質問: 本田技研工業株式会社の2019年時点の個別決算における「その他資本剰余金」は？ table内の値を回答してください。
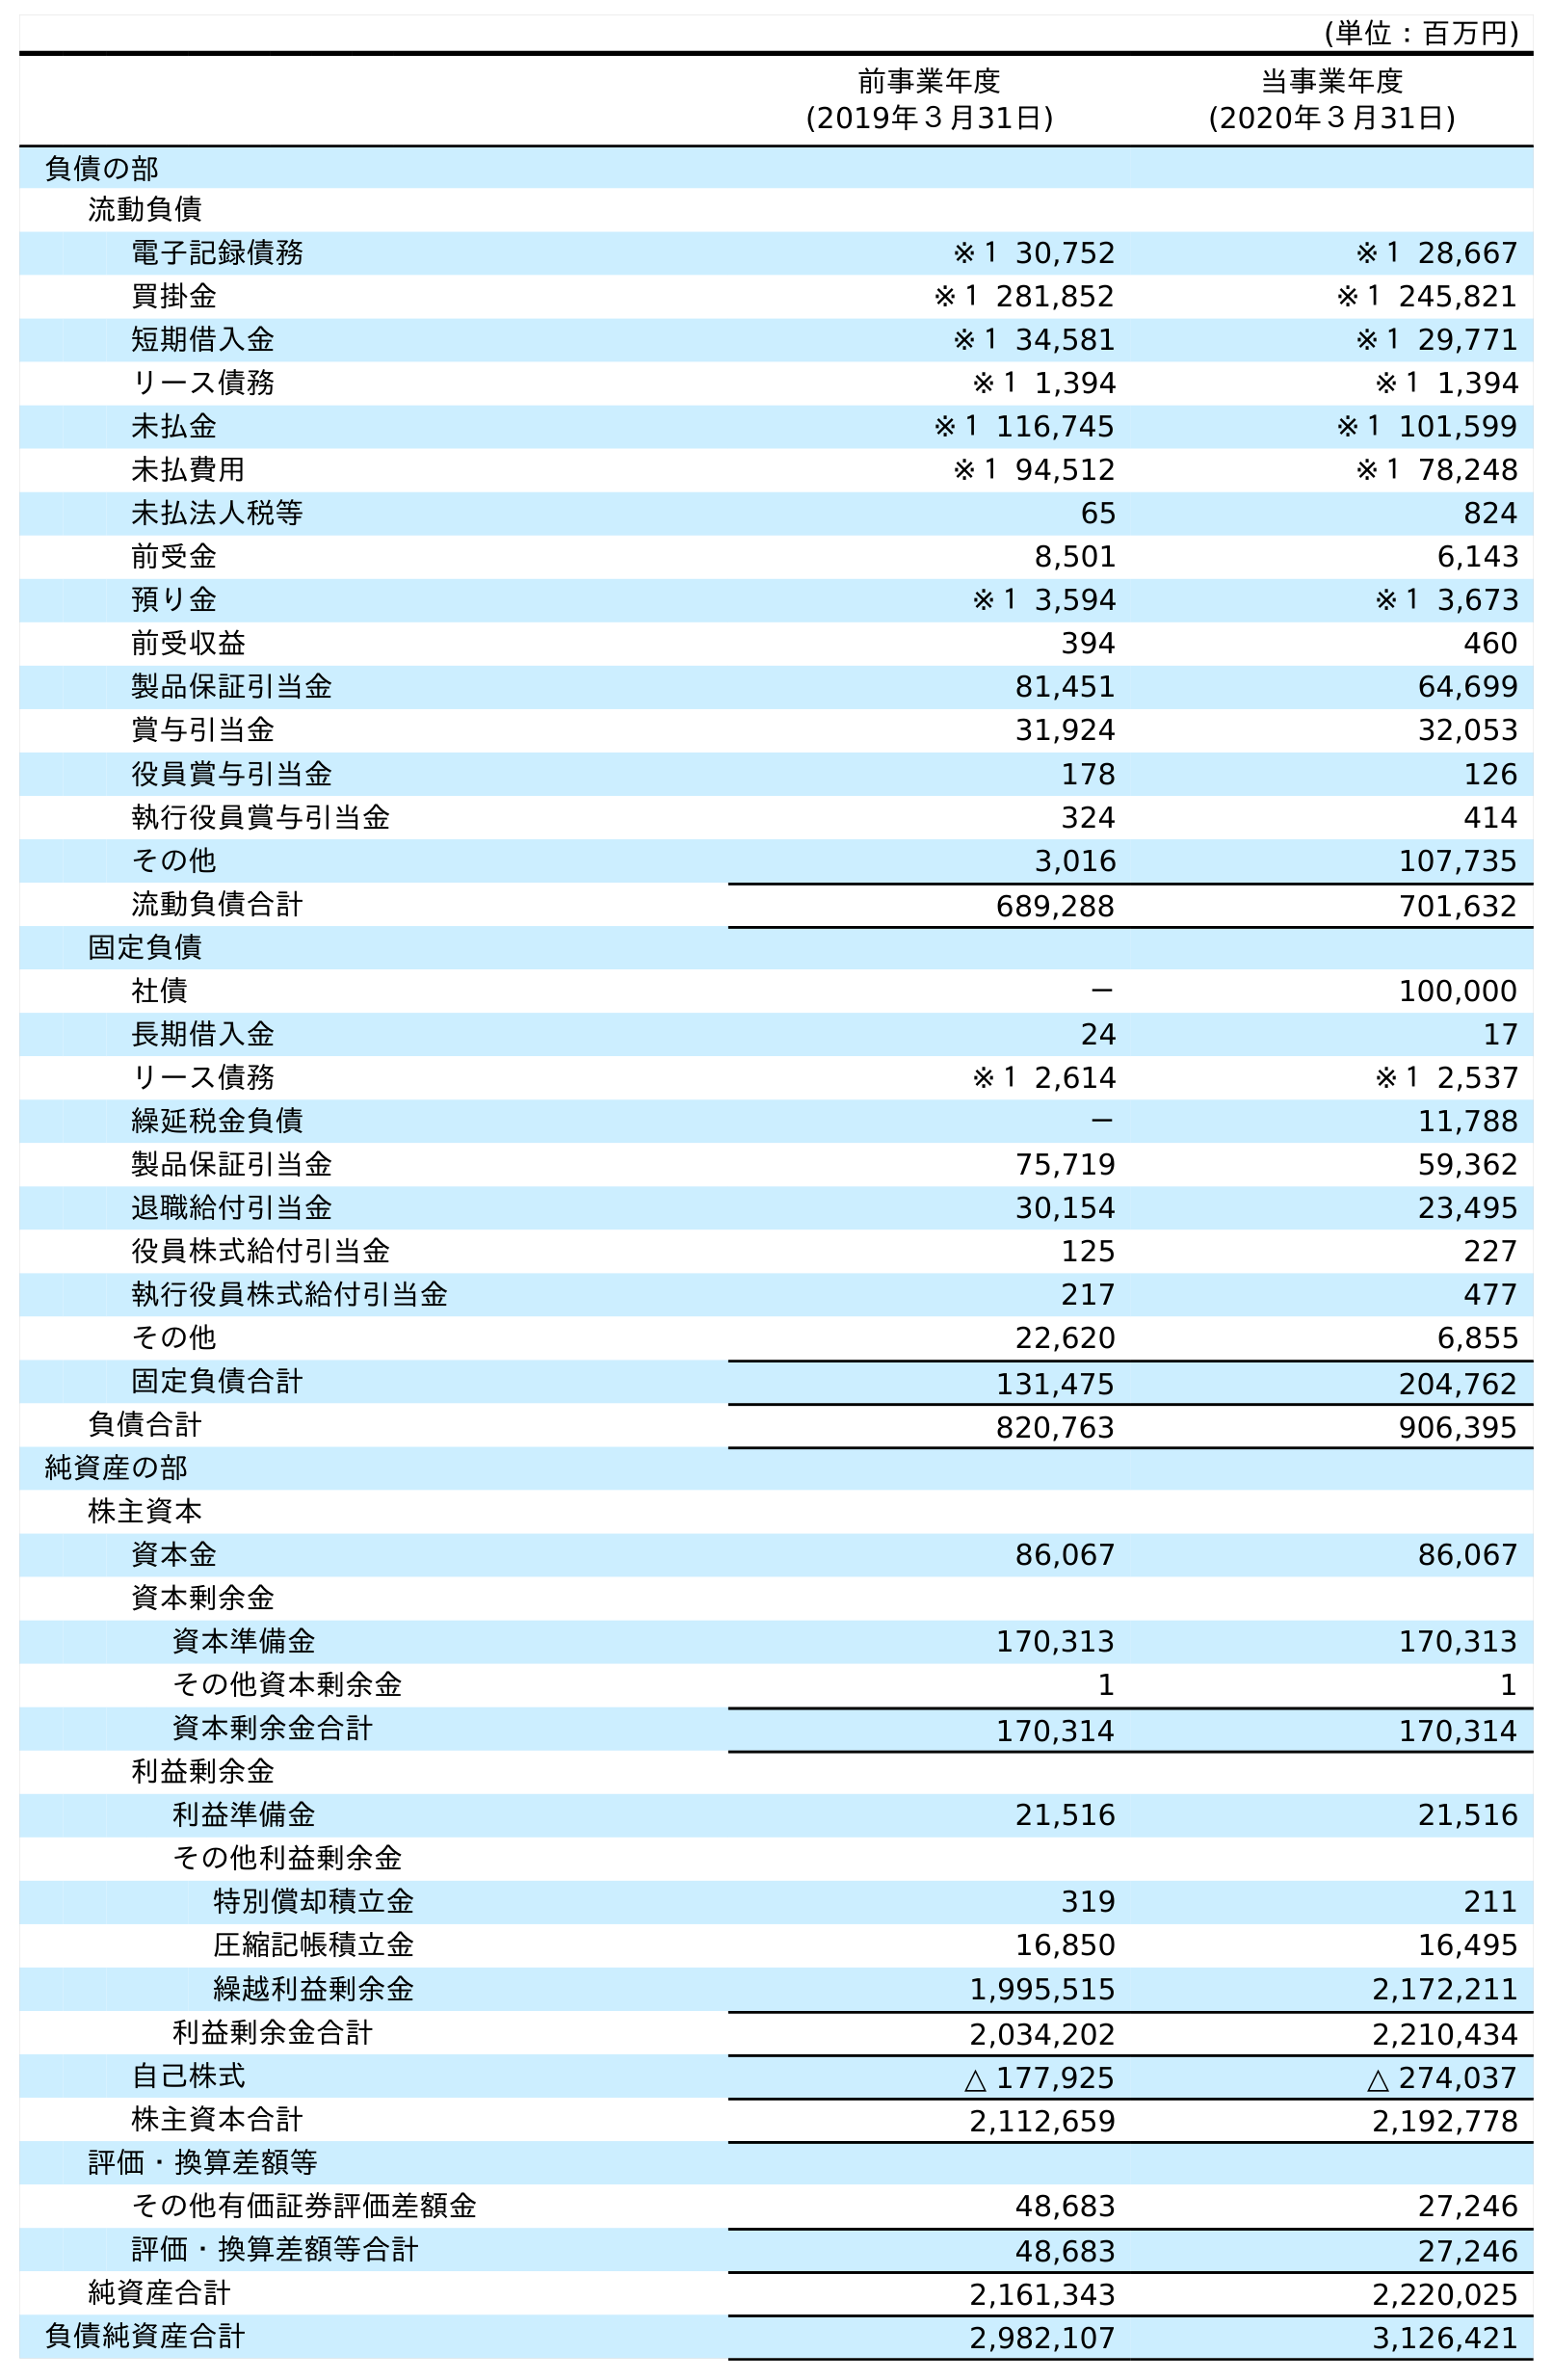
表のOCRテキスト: (単位：百万円) 前事業年度 (2019年３月31日) 当事業年度 (2020年３月31日) 負債の部 流動負債 電子記録債務 ※１ 30,752 ※１ 28,667 買掛金 ※１ 281,852 ※１ 245,821 短期借入金 ※１ 34,581 ※１ 29,771 リース債務 ※１ 1,394 ※１ 1,394 未払金 ※１ 116,745 ※１ 101,599 未払費用 ※１ 94,512 ※１ 78,248 未払法人税等 65 824 前受金 8,501 6,143 預り金 ※１ 3,594 ※１ 3,673 前受収益 394 460 製品保証引当金 81,451 64,699 賞与引当金 31,924 32,053 役員賞与引当金 178 126 執行役員賞与引当金 324 414 その他 3,016 107,735 流動負債合計 689,288 701,632 固定負債 社債 － 100,000 長期借入金 24 17 リース債務 ※１ 2,614 ※１ 2,537 繰延税金負債 － 11,788 製品保証引当金 75,719 59,362 退職給付引当金 30,154 23,495 役員株式給付引当金 125 227 執行役員株式給付引当金 217 477 その他 22,620 6,855 固定負債合計 131,475 204,762 負債合計 820,763 906,395 純資産の部 株主資本 資本金 86,067 86,067 資本剰余金 資本準備金 170,313 170,313 その他資本剰余金 1 1 資本剰余金合計 170,314 170,314 利益剰余金 利益準備金 21,516 21,516 その他利益剰余金 特別償却積立金 319 211 圧縮記帳積立金 16,850 16,495 繰越利益剰余金 1,995,515 2,172,211 利益剰余金合計 2,034,202 2,210,434 自己株式 △ 177,925 △ 274,037 株主資本合計 2,112,659 2,192,778 評価・換算差額等 その他有価証券評価差額金 48,683 27,246 評価・換算差額等合計 48,683 27,246 純資産合計 2,161,343 2,220,025 負債純資産合計 2,982,107 3,126,421
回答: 1